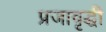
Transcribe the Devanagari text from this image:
प्रजावृद्धी